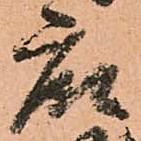
衆